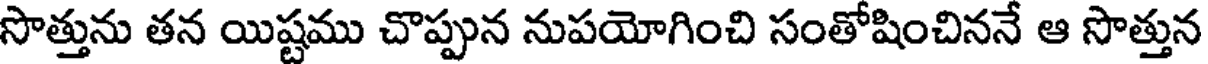
సొత్తును తన యిష్టము చొప్పున నుపయోగించి సంతోషించిననే ఆ సొత్తున